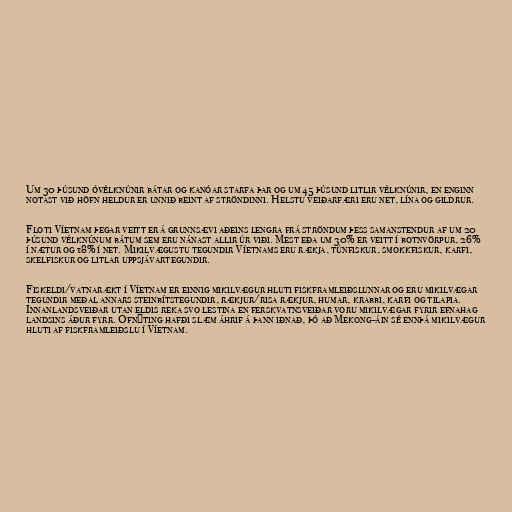
Um 30 þúsund óvélknúnir bátar og kanóar starfa þar og um 45 þúsund litlir vélknúnir, en enginn
notast við höfn heldur er unnið beint af ströndinni. Helstu veiðarfæri eru net, lína og gildrur.

Floti Víetnam þegar veitt er á grunnsævi aðeins lengra frá ströndum þess samanstendur af um 20
þúsund vélknúnum bátum sem eru nánast allir úr viði. Mest eða um 30% er veitt í botnvörpur, 26%
í nætur og 18% í net. Mikilvægustu tegundir Víetnams eru rækja, túnfiskur, smokkfiskur, karfi,
skelfiskur og litlar uppsjávartegundir.

Fiskeldi/vatnarækt í Víetnam er einnig mikilvægur hluti fiskframleiðslunnar og eru mikilvægar
tegundir meðal annars steinbítstegundir, rækjur/risa rækjur, humar, krabbi, karfi og tilapia.
Innanlandsveiðar utan eldis reka svo lestina en ferskvatnsveiðar voru mikilvægar fyrir efnahag
landsins áður fyrr. Ofnýting hafði slæm áhrif á þann iðnað, þó að Mekong-áin sé ennþá mikilvægur
hluti af fiskframleiðslu í Víetnam.